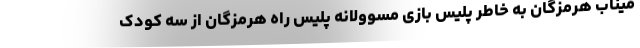
میناب هرمزگان به خاطر پلیس بازی مسوولانه پلیس راه هرمزگان از سه کودک